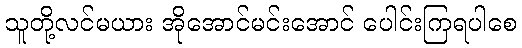
သူတို့လင်မယား အိုအောင်မင်းအောင် ပေါင်းကြရပါစေ